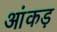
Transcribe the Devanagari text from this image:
आंकड़